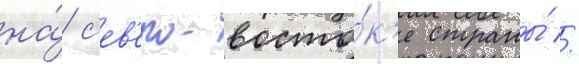
на́ с'ев'еро-восто́к'е страны́ //